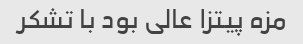
مزه پیتزا عالی بود با تشکر